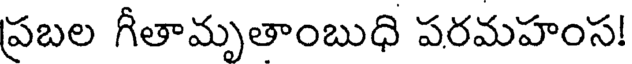
ప్రబల గీతామృతాంబుధి పరమహంస!